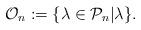
LaTeX: \begin{align*}\mathcal{O}_n:=\{\lambda\in\mathcal{P}_n|\lambda\}.\end{align*}